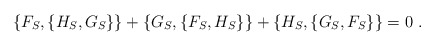
\begin{align*}\{F_S,\{H_S,G_S\}\}+\{G_S,\{F_S,H_S\}\}+\{H_S,\{G_S,F_S\}\}=0 \ . \end{align*}